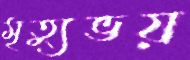
মৃত্যুভয়